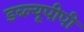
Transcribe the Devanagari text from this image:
डब्ल्यूपीपी